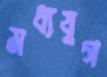
মধ্যযুগ